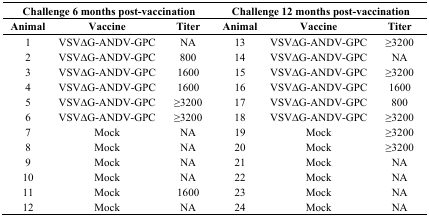
<table><thead><tr><td colspan="3"><b>Challenge 6 months post-vaccination</b></td><td colspan="3"><b>Challenge 12 months post-vaccination</b></td></tr><tr><td><b>Animal</b></td><td><b>Vaccine</b></td><td><b>Titer</b></td><td><b>Animal</b></td><td><b>Vaccine</b></td><td><b>Titer</b></td></tr></thead><tbody><tr><td>1</td><td>VSV∆G-ANDV-GPC</td><td>NA</td><td>13</td><td>VSV∆G-ANDV-GPC</td><td>≥3200</td></tr><tr><td>2</td><td>VSV∆G-ANDV-GPC</td><td>800</td><td>14</td><td>VSV∆G-ANDV-GPC</td><td>NA</td></tr><tr><td>3</td><td>VSV∆G-ANDV-GPC</td><td>1600</td><td>15</td><td>VSV∆G-ANDV-GPC</td><td>≥3200</td></tr><tr><td>4</td><td>VSV∆G-ANDV-GPC</td><td>1600</td><td>16</td><td>VSV∆G-ANDV-GPC</td><td>1600</td></tr><tr><td>5</td><td>VSV∆G-ANDV-GPC</td><td>≥3200</td><td>17</td><td>VSV∆G-ANDV-GPC</td><td>800</td></tr><tr><td>6</td><td>VSV∆G-ANDV-GPC</td><td>≥3200</td><td>18</td><td>VSV∆G-ANDV-GPC</td><td>≥3200</td></tr><tr><td>7</td><td>Mock</td><td>NA</td><td>19</td><td>Mock</td><td>≥3200</td></tr><tr><td>8</td><td>Mock</td><td>NA</td><td>20</td><td>Mock</td><td>≥3200</td></tr><tr><td>9</td><td>Mock</td><td>NA</td><td>21</td><td>Mock</td><td>NA</td></tr><tr><td>10</td><td>Mock</td><td>NA</td><td>22</td><td>Mock</td><td>NA</td></tr><tr><td>11</td><td>Mock</td><td>1600</td><td>23</td><td>Mock</td><td>NA</td></tr><tr><td>12</td><td>Mock</td><td>NA</td><td>24</td><td>Mock</td><td>NA</td></tr></tbody></table>